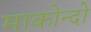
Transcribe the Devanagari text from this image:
माकोन्दो